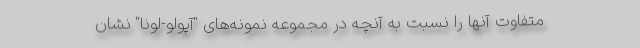
متفاوت آنها را نسبت به آنچه در مجموعه نمونه‌های "آپولو-لونا" نشان